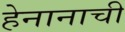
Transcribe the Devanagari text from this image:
हेनानाची